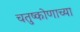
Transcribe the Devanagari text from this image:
चतुष्कोणाच्या